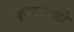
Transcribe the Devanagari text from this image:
कृष्णालाही